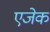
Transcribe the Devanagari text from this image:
एजेक